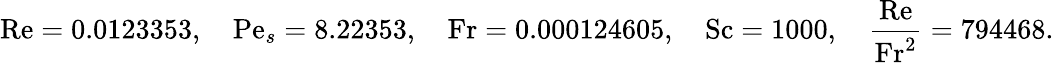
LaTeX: \mathrm{Re}=0.0123353,\quad\mathrm{Pe}_{s}=8.22353,\quad\mathrm{Fr}=0.000124605,\quad\mathrm{Sc}=1000,\quad\frac{\mathrm{Re}}{\mathrm{Fr^{2}}}=794468.